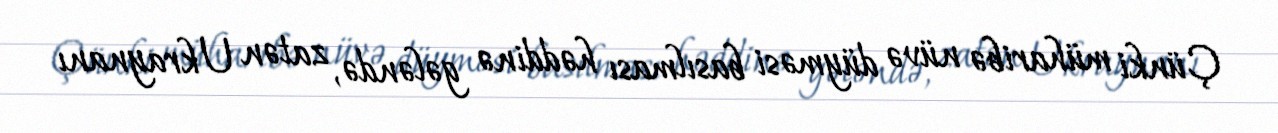
Çünki müharibə nüvə düyməsi basılması həddinə gələndə, zatən Ukraynanı